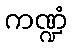
ကဏ္ဍံ